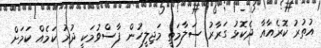
އުތުރު ކޮރެއާއާ ދެކޮޅު ގަރާރު ސަލާމަތީ މަޖިލީހުން ފާސްވުމަކީ ދުރު ކަމެއް ކަމަށް